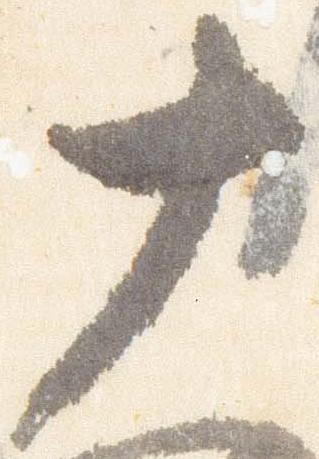
十